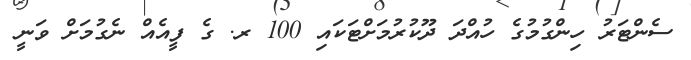
ސެންޓަރު ހިންގުމުގެ ހުއްދަ ދޫކުރުމަށްޓަކައި 100 ރ. ގެ ފީއެއް ނެގުމަށް ވަނީ